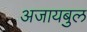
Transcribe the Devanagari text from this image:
अजायबुल